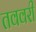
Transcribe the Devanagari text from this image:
तववरी